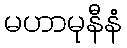
မဟာမုနီနံ